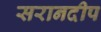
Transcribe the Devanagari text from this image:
सरानदीप